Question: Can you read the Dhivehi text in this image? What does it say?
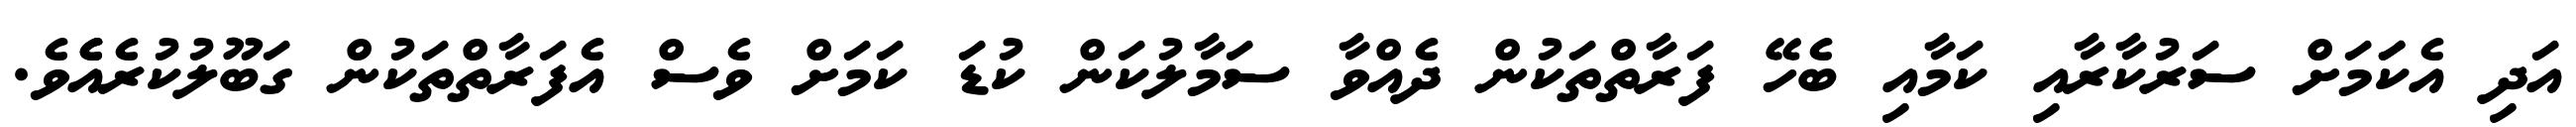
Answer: އަދި އެކަަމަށް ސަރުކާރާއި ކަމާއި ބެހޭ ފަރާތްތަކުން ދެއްވާ ސަމާލުކަން ކުޑަ ކަމަށް ވެސް އެފަރާތްތަކުން ގަބޫލުކުރެއެެވެ.